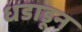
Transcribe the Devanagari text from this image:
धडाडून